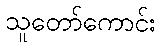
သူတော်ကောင်း